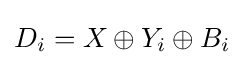
D_{i}=X_{}\oplus Y_{i}\oplus B_{i}